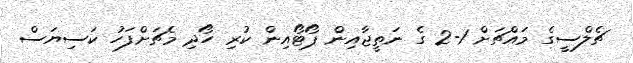
ޗެލްސީގެ މައްޗަށް 1-2 ގެ ނަތީޖާއިން ޕޯޓޯއިން ކުރި ހޯދި މެޗަށްފަހު ކަސިޔަސް